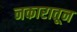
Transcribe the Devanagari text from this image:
नकारातून